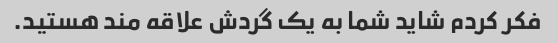
فکر کردم شاید شما به یک گردش علاقه مند هستید.